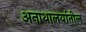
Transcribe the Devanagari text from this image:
अनाथालयांतील